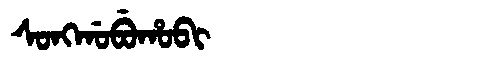
Manchu: ᠰᠣᠩᡤᠣᠪᡠᡥᠣᠪᡳ
Romanization: SONGGOBUHOBI